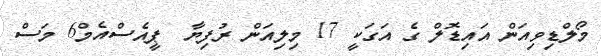
މޯލްޑިވިއަން އައިޑޮލް ގެ އަގަކީ 17 މިލިއަން ރުފިޔާ  ޕީއެސްއެމް6 މަސް